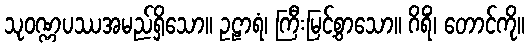
သုဝဏ္ဏပဿအမည်ရှိသော။ ဥဠာရံ၊ ကြီးမြင့်စွာသော။ ဂိရိံ၊ တောင်ကို။